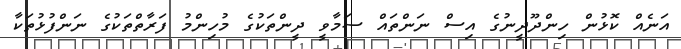
އަނެއް ކޮޅުން ހިންދޫދީނުގެ އިސް ނަންތައް ސަމާވީ ދީންތަކުގެ މުހިންމު ފަރާތްތަކުގެ ނަންފުޅުތަކާ